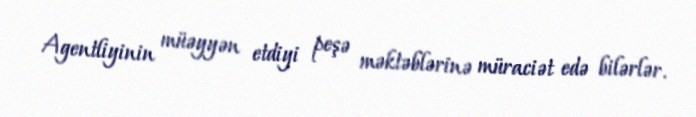
Agentliyinin müəyyən etdiyi peşə məktəblərinə müraciət edə bilərlər.